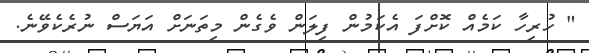
" ހުރިހާ ކަމެއް ކޮށްފަ އެކަމުން ފިލަން ވެގެން މިތަނަށް އަޔަސް ނުރެކެވޭނެ.